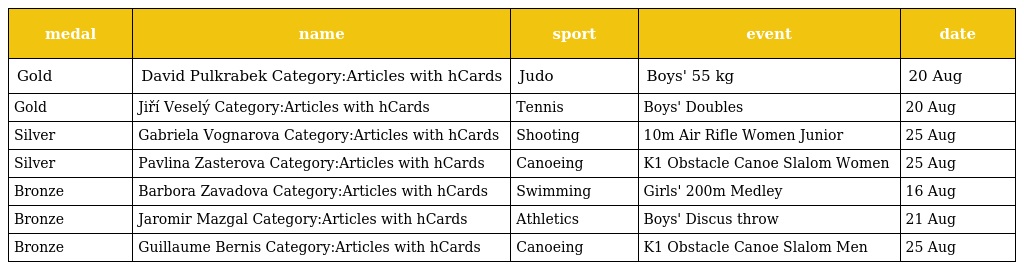
| medal | name | sport | event | date |
 | --- | --- | --- | --- | --- |
 | Gold | David Pulkrabek Category:Articles with hCards | Judo | Boys' 55 kg | 20 Aug |
 | Gold | Jiří Veselý Category:Articles with hCards | Tennis | Boys' Doubles | 20 Aug |
 | Silver | Gabriela Vognarova Category:Articles with hCards | Shooting | 10m Air Rifle Women Junior | 25 Aug |
 | Silver | Pavlina Zasterova Category:Articles with hCards | Canoeing | K1 Obstacle Canoe Slalom Women | 25 Aug |
 | Bronze | Barbora Zavadova Category:Articles with hCards | Swimming | Girls' 200m Medley | 16 Aug |
 | Bronze | Jaromir Mazgal Category:Articles with hCards | Athletics | Boys' Discus throw | 21 Aug |
 | Bronze | Guillaume Bernis Category:Articles with hCards | Canoeing | K1 Obstacle Canoe Slalom Men | 25 Aug |